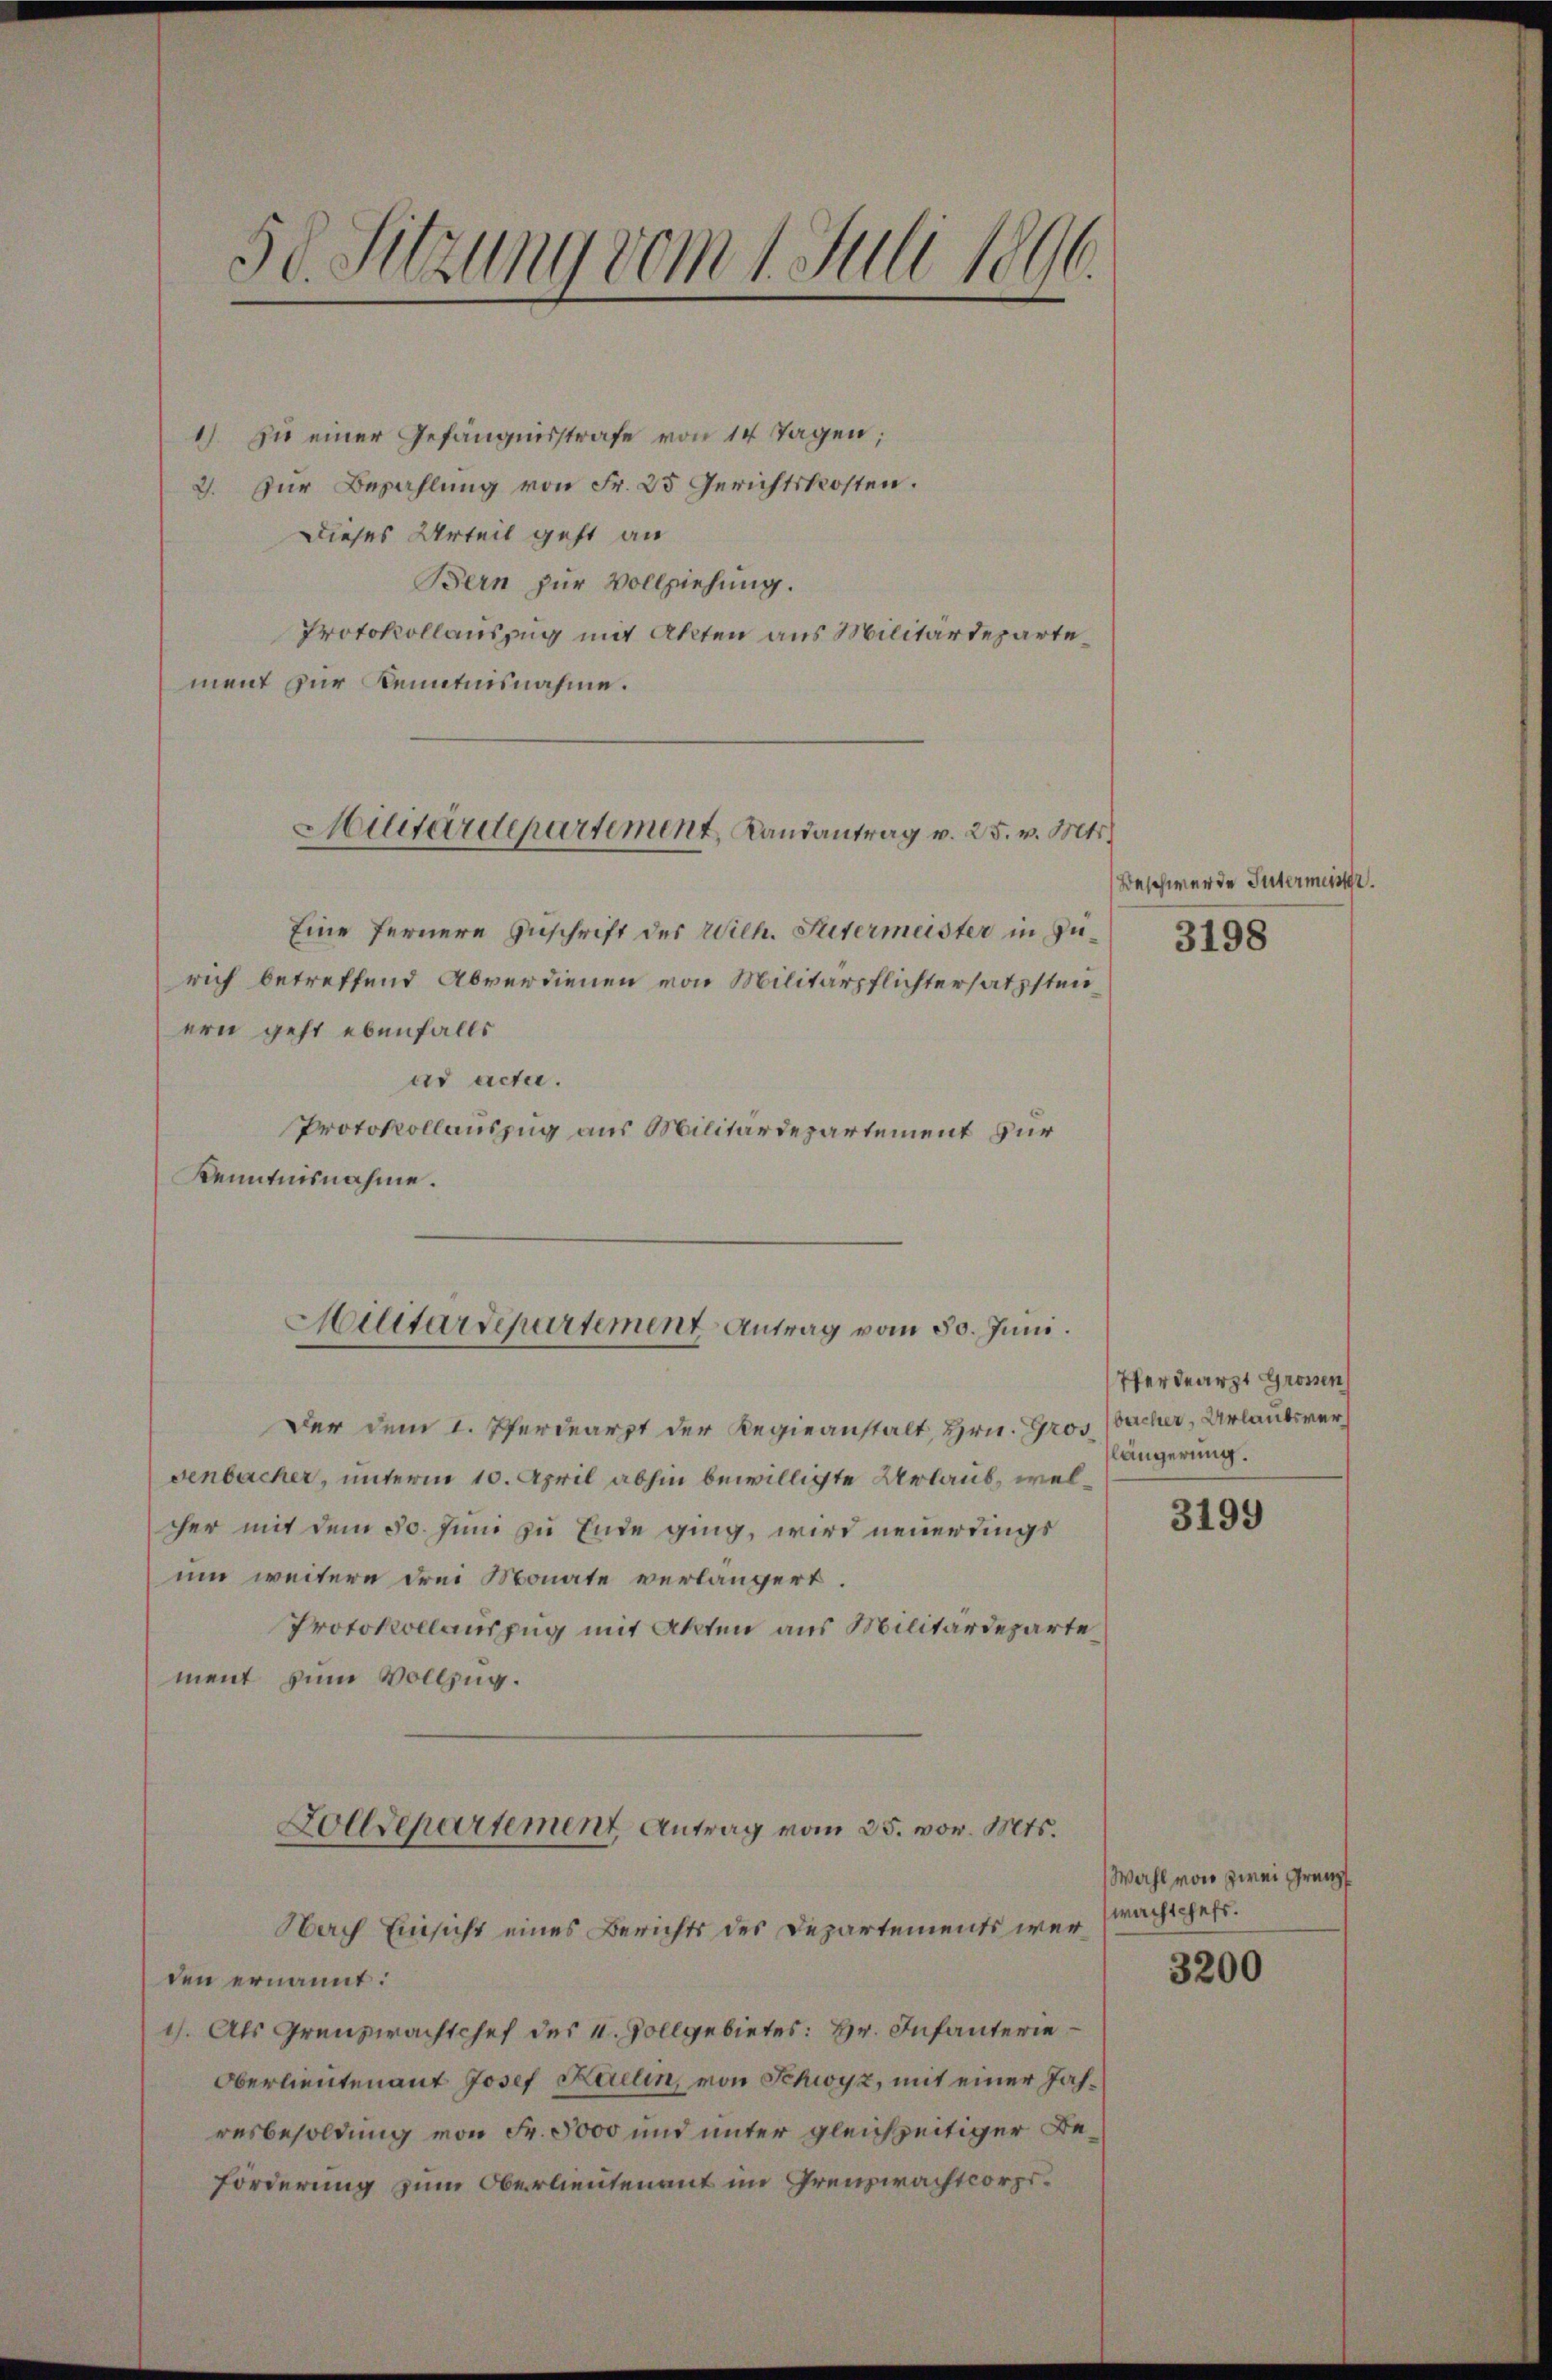
50. Sitzung vom 1. Juli 1896.

1) Zu einer Gefängnisstrafe von 14 Tagen;
2. Für Bezahlung von Fr. 25 Gerichtskosten.
Dieses Urteil geht an
Bern zur Vollziehung.
Protokollauszug mit Akten aus Militärdepartement zur Kenntnisnahme.
Eine fernere Zuschrift des Wilh. Mitermeister in Zürich betreffend Abverdienen von Militärpflichtersatzsten
ern geht ebenfalls
ad acte.
Protokollauszug aus Militärdepartement zur
Kenntnisnahme.
Militärdepartement Antrag vom 30. Juni.
Der dem 1. Pferdearzt der Regieanstalt, Hrn. Gros bacher, Urlaubsversenbacher, unterm 10. April abhin bewilligte Urlaub, welcher mit dem 30. Juni zu Ende ging, wird neuerdings
um weitere drei Monate verlängert.
Protokollauszug mit Akten aus Militärdeparte
ment zum Vollzug.
Zolldepartement Antrag vom 25. vor. Mts.
Nach Einsicht eines Berichts des Departements wer wachschaft.
den ernannt:
1). Als Grenzwachtchef des u. Zollgebietes: Hr. Infanterie
Oberlieutenant Josef Kallin, von Schwyz, mit einer Jahresbesoldung von Fr. 5000 und unter gleichzeitiger Beförderung zum Oberlieutenant im Grenzwachtcorps¬

Militärdepartement, Landantrag v. 25. v. Mts.

Beschwerde Intermin
3198

Pferdearzt Grossen
längerung.

3199

Wahl vor zwei Grenz

3200